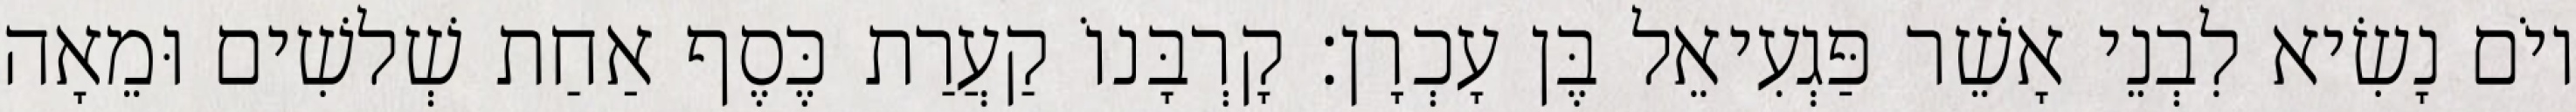
יוֹם נָשִׂיא לִבְנֵי אָשֵׁר פַּגְעִיאֵל בֶּן עָכְרָן׃ קָרְבָּנוֹ קַעֲרַת כֶּסֶף אַחַת שְׁלשִׁים וּמֵאָה